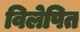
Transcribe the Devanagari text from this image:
विलेपित